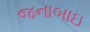
જનાબાઇ